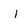
Character: I